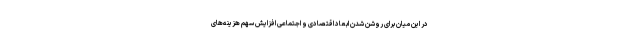
در این میان برای روشن شدن ابعاد اقتصادی و اجتماعی افزایش سهم هزینه‌های